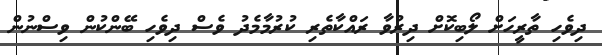
ދިވެހި ތާރީހަށް ލޯބިކޮށް ދިރުވާ ރައްކާތެރި ކުރުމާމެދު ވެސް ދިވެހި ބޭންކުން ވިސްނުން